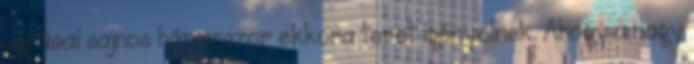
ugrásai sajnos háromszor ekkora teret igényelnek. Ahogy a nagy